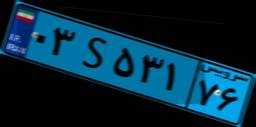
۰۳S۵۳۱۷۶